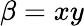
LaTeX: \beta=xy